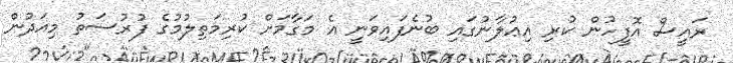
ރައީސް އޮފީހުން ކުރި އިޢުލާނުގައި ބުނެފައިވަނީ އެ މަގާމަށް ކުރިމަތިލުމުގެ ފުރުސަތު މިއަދުން